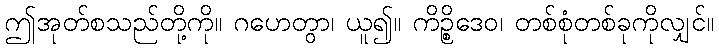
ဤအုတ်စသည်တို့ကို။ ဂဟေတွာ၊ ယူ၍။ ကိဉ္စိဒေဝ၊ တစ်စုံတစ်ခုကိုလျှင်။